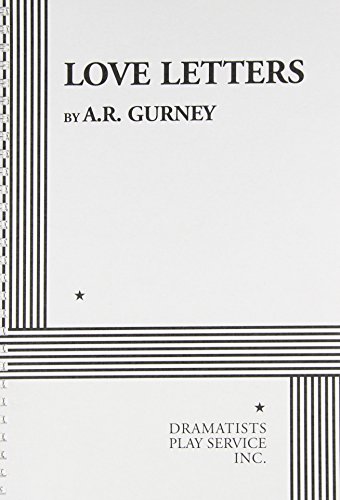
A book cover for Love Letters - Acting Edition; A.R. Gurney; Literature & Fiction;